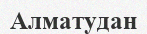
Алматудан